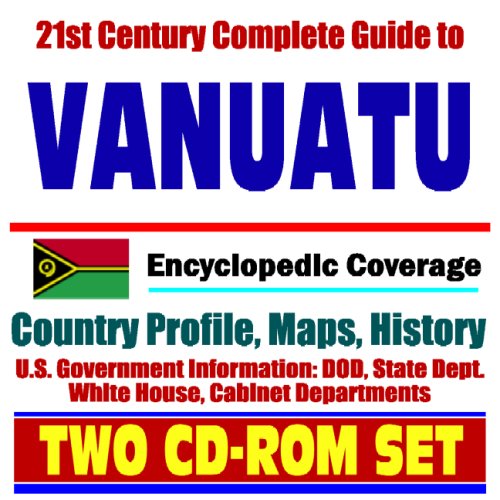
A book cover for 21st Century Complete Guide to Vanuatu (formerly New Hebrides) - Encyclopedic Coverage, Country Profile, History, DOD, State Dept., White House, CIA Factbook (Two CD-ROM Set); U.S. Government; Travel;